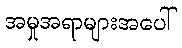
အမှုအရာများအပေါ်